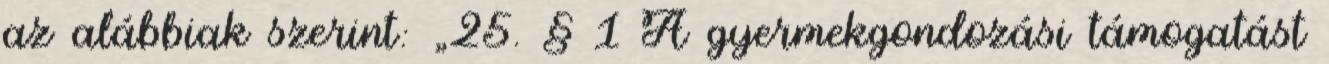
az alábbiak szerint: „25. § 1 A gyermekgondozási támogatást